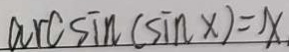
\arcsin ( \sin x ) = x .